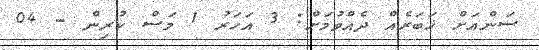
ސަންއަށް ޚަބަރެއް ދެއްވުމަށް: 3 އަހަރު 1 މަސް ކުރިން - 04